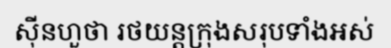
ស៊ីនហួថា រថយន្តក្រុងសរុបទាំងអស់